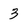
Character: 3